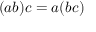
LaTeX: ( a b ) c = a ( b c )